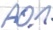
Text: A0.1